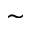
\sim